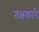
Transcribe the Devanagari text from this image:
तक्षकाने